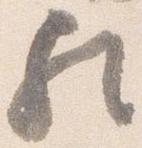
歟